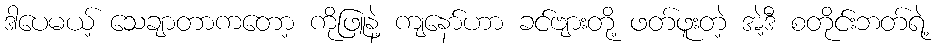
ဒါပေမယ့် သေချာတာကတော့ ကိုဖြူနဲ့ ကျနော်ဟာ ခင်ဗျားတို့ ဖတ်ဖူးတဲ့ အဲ့ဒီ စတိုင်းဘတ်ရဲ့